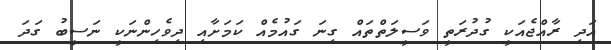
އަދި ރާއްޖެއަކީ ގުދުރަތީ ވަސީލަތްތައް ގިނަ ގައުމެއް ކަމަށާއި ދިވެހިންނަކީ ނަސީބު ގަދަ